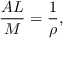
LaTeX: { \frac { A L } { M } } = { \frac { 1 } { \rho } } ,